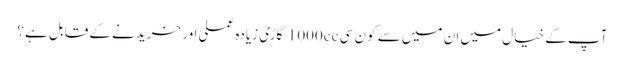
آپ کے خیال میں ان میں سے کون سی 1000cc گاڑی زیادہ عملی اور خریدنے کے قابل ہے؟